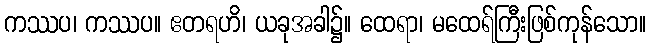
ကဿပ၊ ကဿပ။ ဧတရဟိ၊ ယခုအခါ၌။ ထေရာ၊ မထေရ်ကြီးဖြစ်ကုန်သော။